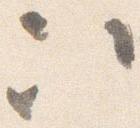
次